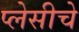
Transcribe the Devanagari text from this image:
प्लेसीचे